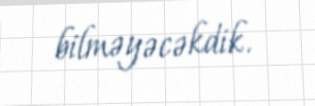
bilməyəcəkdik.